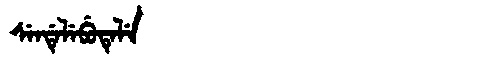
Manchu: ᠰᡝᠨᡩᡝᠯᡝᠪᡠᡨᡝᠯᡝ
Romanization: SENDELEBUTELE